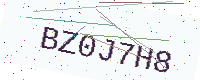
Text: BZ0J7H8